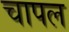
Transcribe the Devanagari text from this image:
चापल